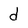
Character: d